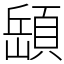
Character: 𩓥